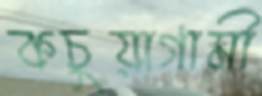
কচুয়াগামী